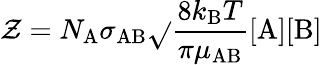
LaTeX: \mathcal{Z}=N_{\mathrm{{A}}}\sigma_{\mathrm{{AB}}}{\sqrt{}{{\frac{{8k_{\mathrm{{B}}}T}}{{\pi\mu_{\mathrm{{AB}}}}}}}}[{\mathrm{{A}}}][{\mathrm{{B}}}]